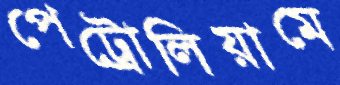
পেট্রোলিয়ামে